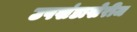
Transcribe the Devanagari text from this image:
उपखंडाखेरीज